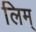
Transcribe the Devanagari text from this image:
लिम्‌